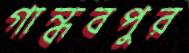
গান্ধবপুর